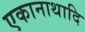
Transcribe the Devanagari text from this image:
एकानाथादि